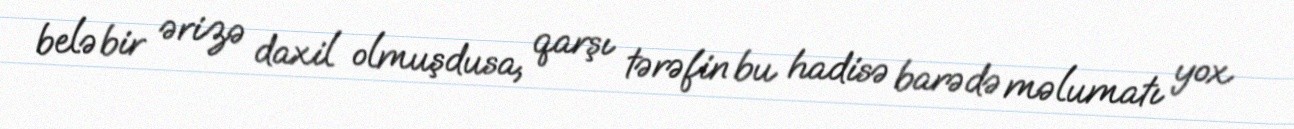
belə bir ərizə daxil olmuşdusa, qarşı tərəfin bu hadisə barədə məlumatı yox